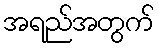
အရည်အတွက်